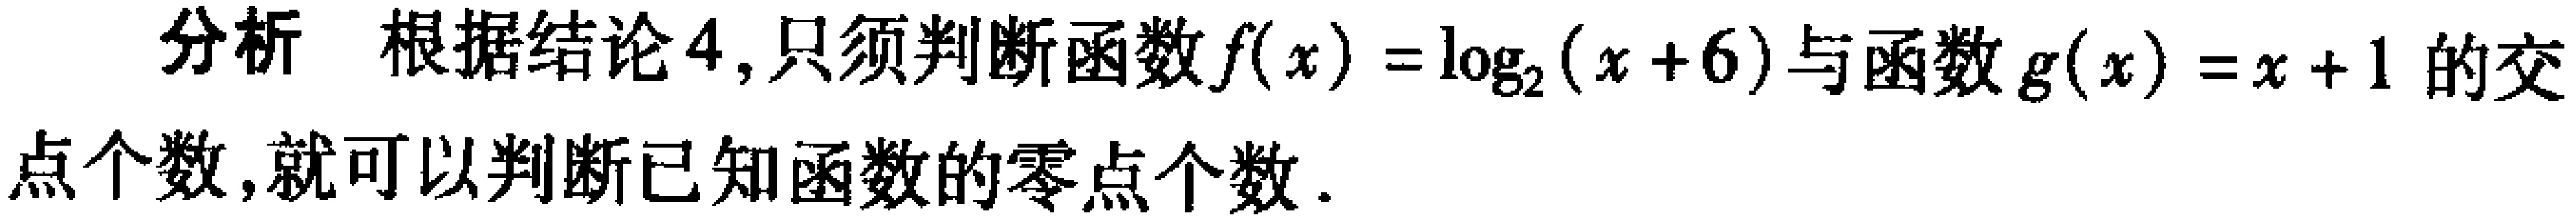
分析 根据结论4,只须判断函数\(f(x)=\log_{2}(x + 6)\)与函数\(g(x)=x + 1\)的交点个数,就可以判断已知函数的零点个数.